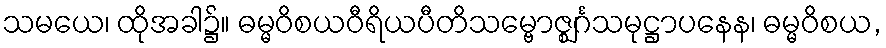
သမယေ၊ ထိုအခါ၌။ ဓမ္မဝိစယဝီရိယပီတိသမ္ဗောဇ္ဈင်္ဂသမုဋ္ဌာပနေန၊ ဓမ္မဝိစယ,